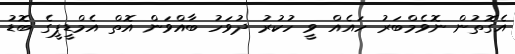
އެގޮތުން ނޮވެމްބަރު ހައެއް ވީ ހުކުރު ދުވަހު ބާއްވަން އޮތް އެމްޑީޕީގެ ބޮޑު